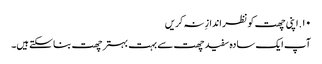
۱۰. اپنی چھت کو نظر اندازِ نہ کریں
آپ ایک سادہ سفید چھت سے بہت بہتر چھت بنا سکتے ہیں۔